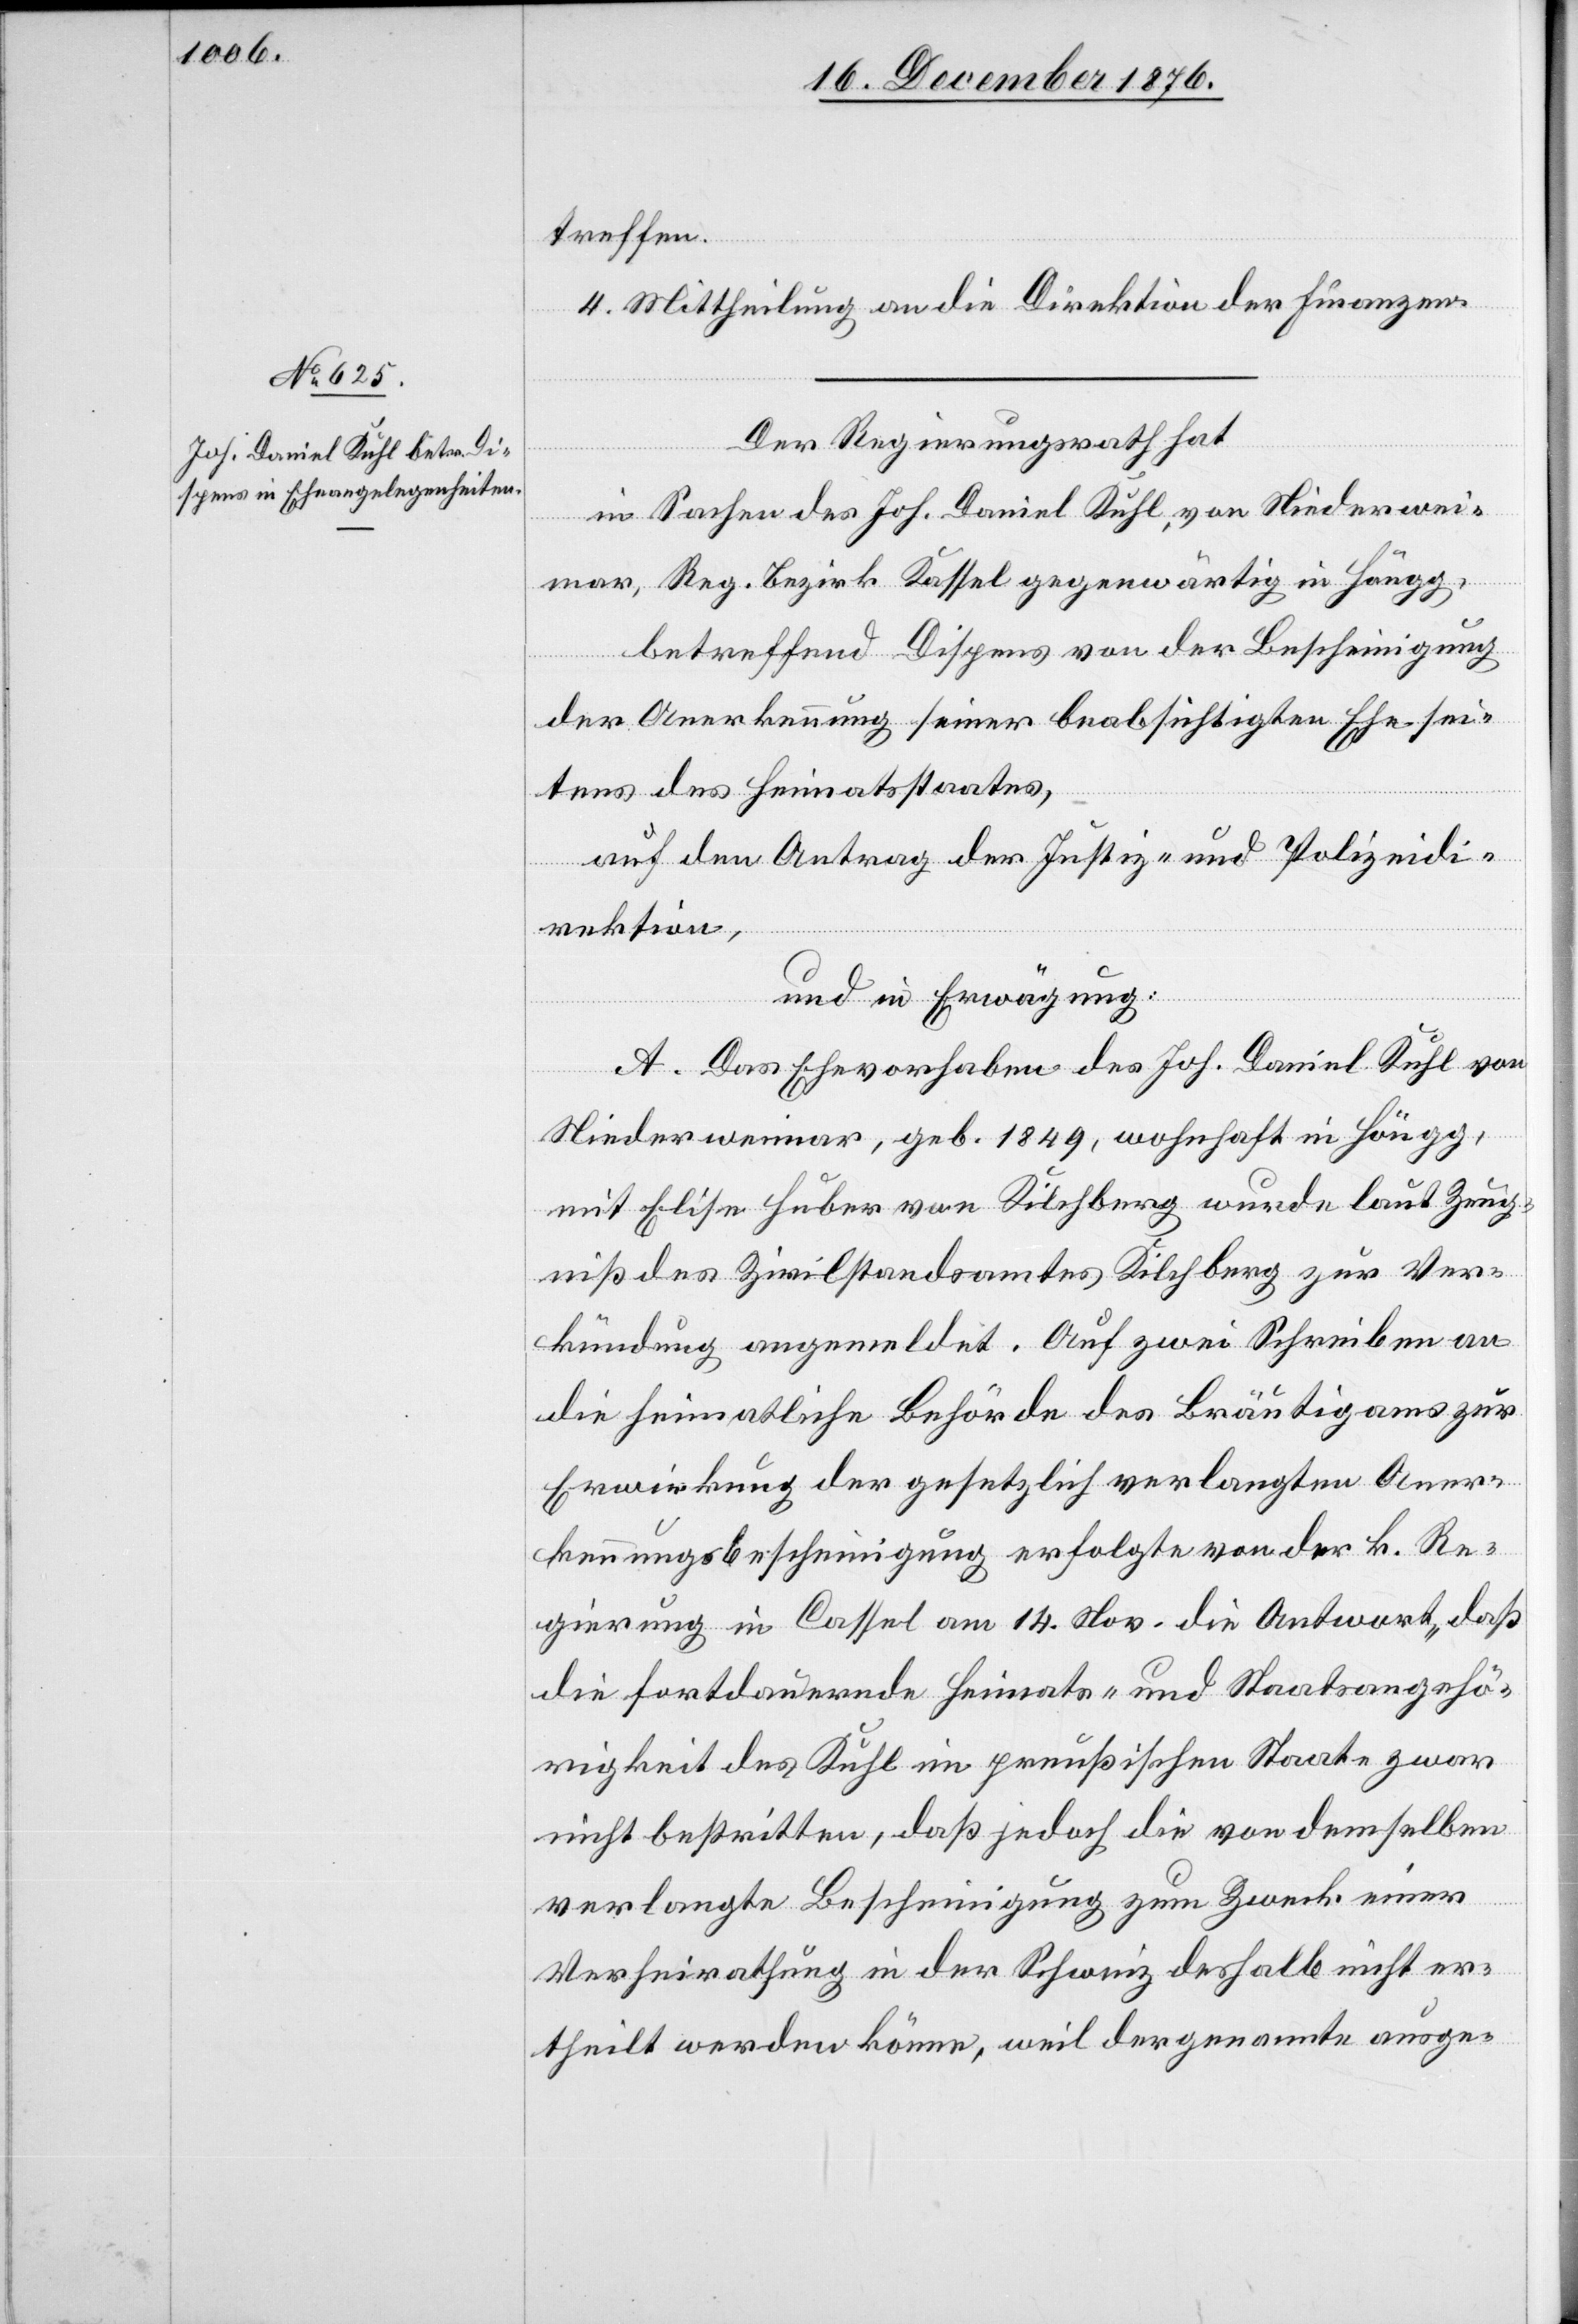
treffen.
4. Mittheilung an die Direktion der Finanzen.
Der Regierungsrath hat
in Sachen des Joh. Daniel Kuhl, von Niederwei¬
mar, Reg. Bezirk Kassel gegenwärtig in Höngg,
betreffend Dispens von der Bescheinigung
der Anerkennung seiner beabsichtigten Ehe sei¬
tens des Heimatstaates,
aus den Antrag der Justiz- und Polizeidi¬
rektion,
und in Erwägung:
A. Das Ehevorhaben des Joh. Daniel Kuhl von
Niederweimar, geb. 1849, wohnhaft in Höngg,
mit Elise Huber von Kilchberg wurde laut Zeug¬
niß des Zivilstandsamtes Kilchberg zur Ver¬
kündung angemeldet. Auf zwei Schreiben an
die heimatliche Behörde des Bräutigams zur
Erwirkung der gesetzlich verlangten Aner¬
kennungsbescheinigung erfolgte von der k. Re¬
gierung in Cassel am 14. Nov. die Antwort „daß
die fortdauernde Heimats- und Staatsangehö¬
rigkeit des Kuhl im preußischen Staate zwar
nicht bestritten, daß jedoch die von demselben
verlangte Bescheinigung zum Zweck einer
Verheirathung in der Schweiz deshalb nicht er¬
theilt werden könne, weil der genannte ausge-